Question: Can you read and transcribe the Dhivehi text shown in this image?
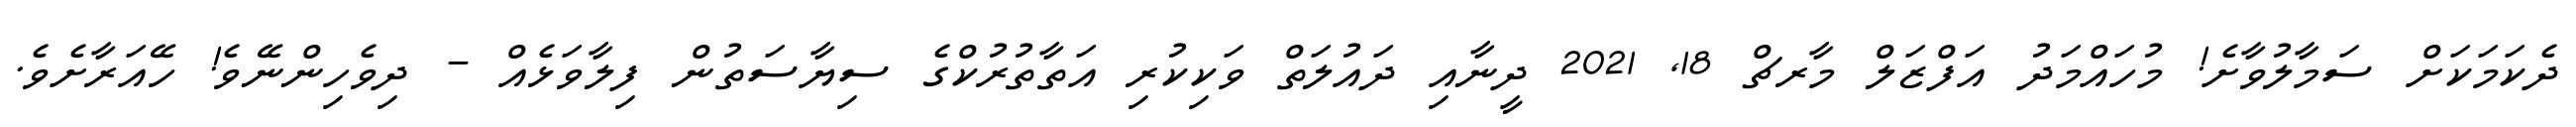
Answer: ދެކަމަކަށް ސަމާލުވާށެ! މުހައްމަދު އަފްޒަލް މާރޗް 18, 2021 ދީނާއި ދައުލަތް ވަކިކުރި އަތާތުރުކްގެ ސިޔާސަތުން ފިލާވަޅެއް - ދިވެހިންނޭވެ! ހޭއަރާށެވެ.